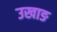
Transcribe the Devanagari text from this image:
उखाङ